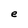
Character: e